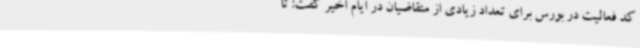
کد فعالیت در بورس برای تعداد زیادی از متقاضیان در ایام اخیر گفت: تا